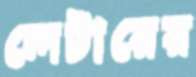
লেটারের